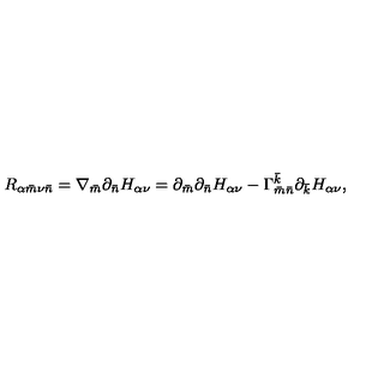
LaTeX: R _ { \alpha { \bar { m } } \nu { \bar { n } } } = \nabla _ { \bar { m } } \partial _ { \bar { n } } H _ { \alpha \nu } = \partial _ { \bar { m } } \partial _ { \bar { n } } H _ { \alpha \nu } - \Gamma _ { \bar { m } \bar { n } } ^ { \bar { k } } \partial _ { \bar { k } } H _ { \alpha \nu } ,